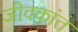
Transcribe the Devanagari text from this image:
जीवकांत